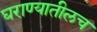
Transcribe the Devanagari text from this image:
घराण्यातीलच